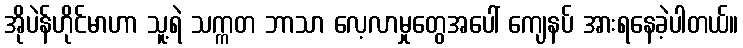
အိုပဲန်ဟိုင်မာဟာ သူ့ရဲ သက္ကတ ဘာသာ လေ့လာမှုတွေအပေါ် ကျေနပ် အားရနေခဲ့ပါတယ်။